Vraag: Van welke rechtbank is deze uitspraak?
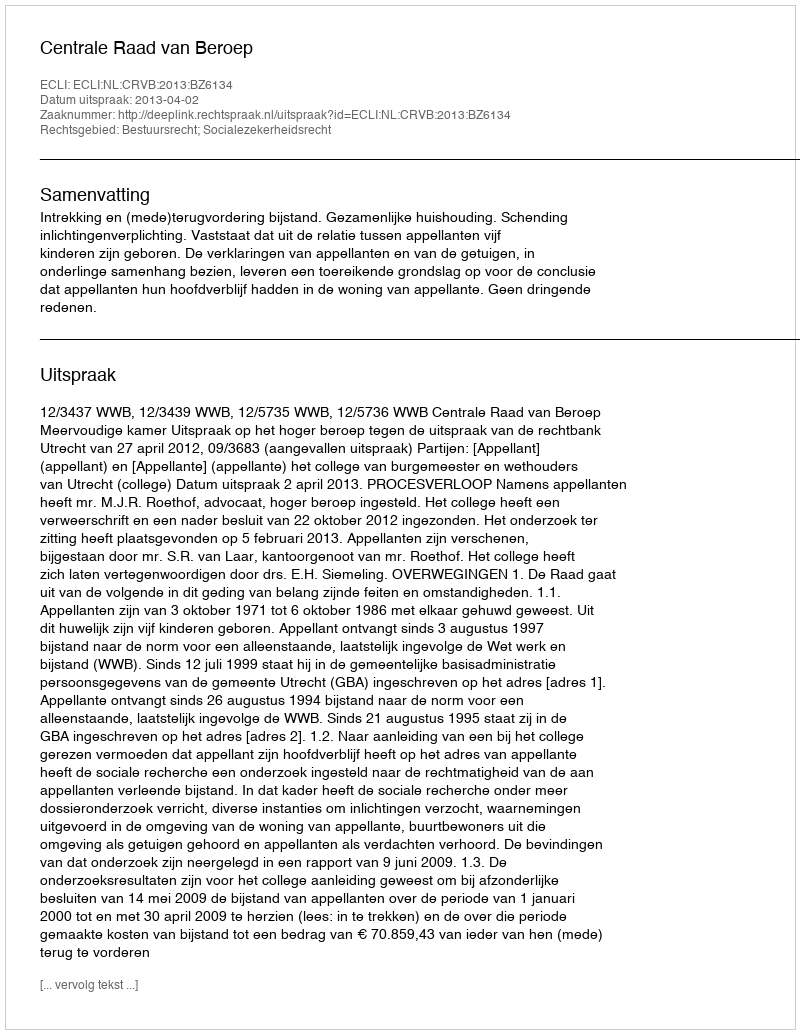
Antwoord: Centrale Raad van Beroep